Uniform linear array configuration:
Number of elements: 4
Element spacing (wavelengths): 1
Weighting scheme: binomial
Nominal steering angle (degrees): -60
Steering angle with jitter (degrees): -59.504
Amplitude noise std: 0.05
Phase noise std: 0.05

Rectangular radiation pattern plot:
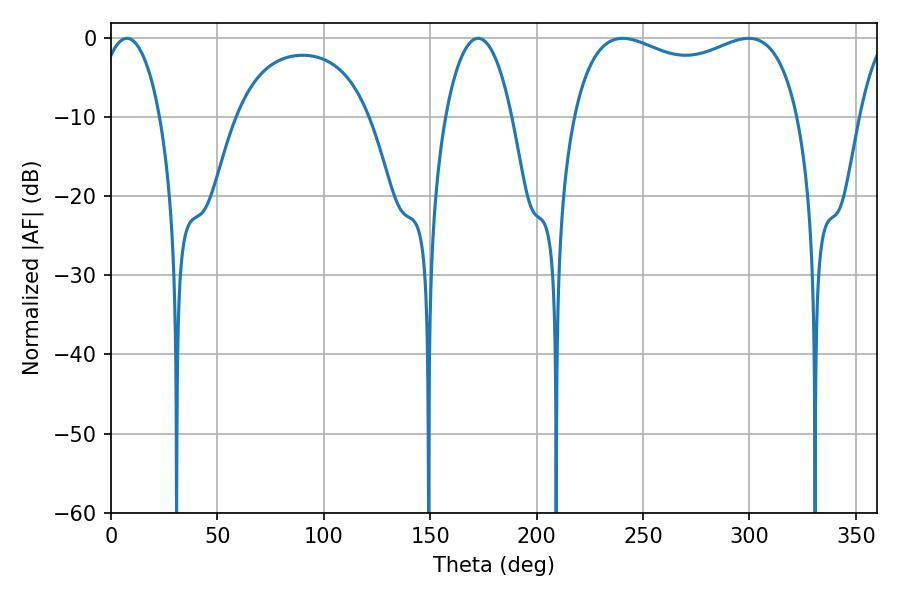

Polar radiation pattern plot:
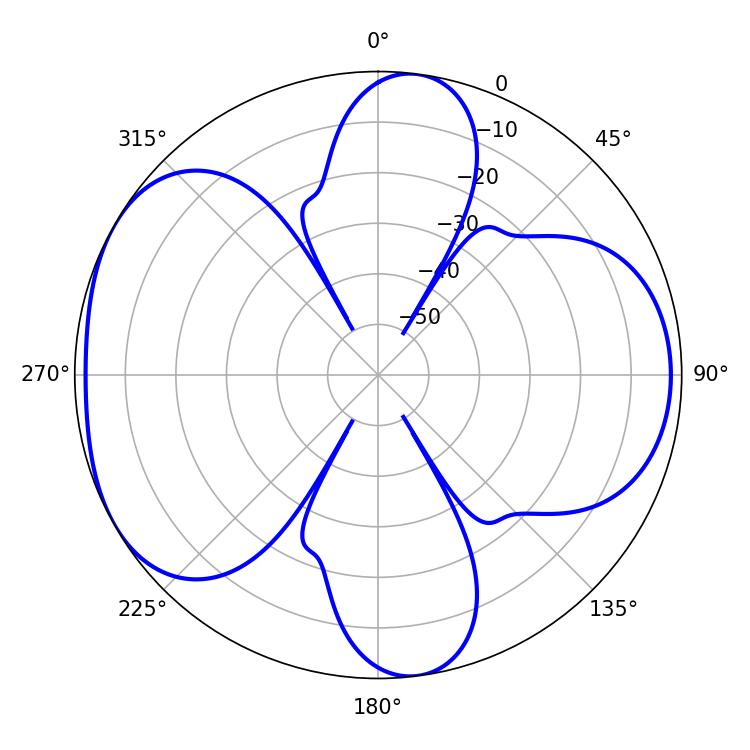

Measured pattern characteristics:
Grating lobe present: TRUE
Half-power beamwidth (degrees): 87.84
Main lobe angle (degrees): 240.48